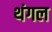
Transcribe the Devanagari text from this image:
थंगल